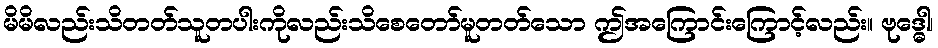
မိမိလည်းသိတတ်သူတပါးကိုလည်းသိစေတော်မူတတ်သော ဤအကြောင်းကြောင့်လည်း။ ဗုဒ္ဓေါ၊